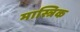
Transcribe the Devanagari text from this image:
मास्त्रिक